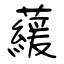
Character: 藧